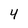
Character: 4